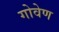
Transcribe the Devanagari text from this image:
गोवेण